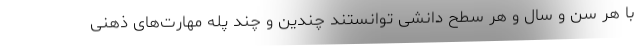
با هر سن و سال و هر سطح دانشی توانستند چندین و چند پله مهارت‌های ذهنی